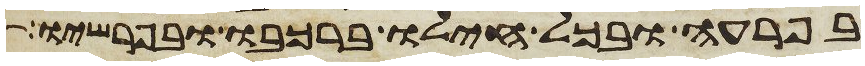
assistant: בפרעה ובכל חילו ברכבו ובפרשיו